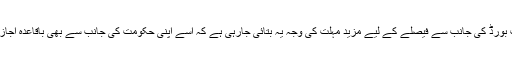
بنگلہ دیش کرکٹ بورڈ کی جانب سے فیصلے کے لیے مزید مہلت کی وجہ یہ بتائی جارہی ہے کہ اسے اپنی حکومت کی جانب سے بھی باقاعدہ اجازت کا انتظار ہے۔